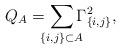
LaTeX: \begin{align*}Q_{A}=\smashoperator{\sum_{\{i,j\}\subset A}}\Gamma_{\{i,j\}}^2,\end{align*}